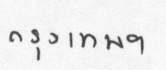
กรุงเทพฯ